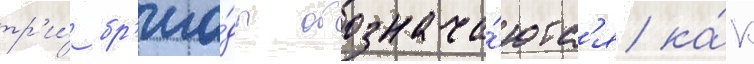
тр'и́ бр'ига́ды обознача́ютс'я ка́к